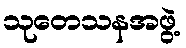
သုတေသနအဖွဲ့